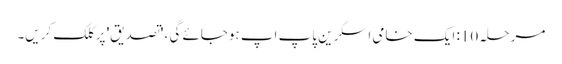
مرحلہ 10: ایک خامی اسکرین پاپ اپ ہوجائے گی ، 'تصدیق' پر کلک کریں۔